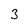
Character: 3